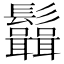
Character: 𩰆